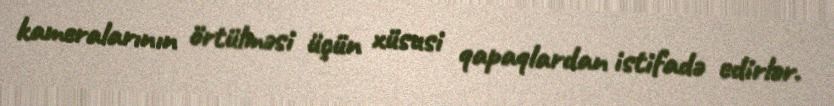
kameralarının örtülməsi üçün xüsusi qapaqlardan istifadə edirlər.